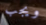
ويجب